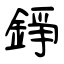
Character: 錚